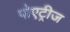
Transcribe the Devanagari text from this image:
पोएट्रीज